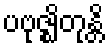
ပဗုဇ္ဈိတုန္တိ